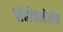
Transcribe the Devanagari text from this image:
पोहोचलेलेच